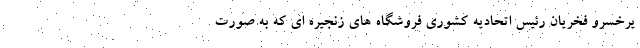
یرخسرو فخریان رئیس اتحادیه کشوری فروشگاه های زنجیره ای که به صورت